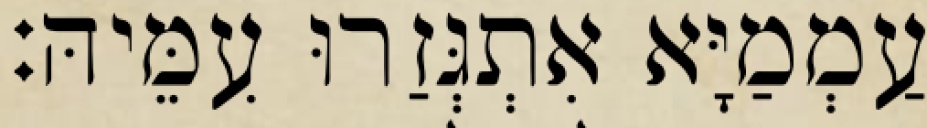
עַמְמַיָּא אִתְגְּזַרוּ עִמֵּיהּ׃